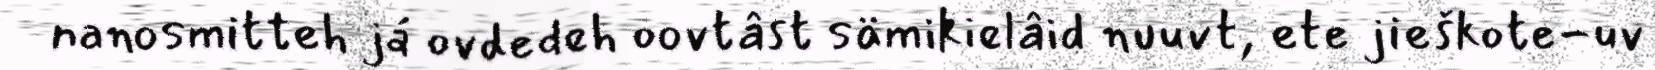
nanosmitteh já ovdedeh oovtâst sämikielâid nuuvt, ete jieškote-uv